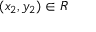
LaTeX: ( x _ { 2 } , y _ { 2 } ) \in R